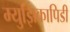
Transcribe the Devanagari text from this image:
म्युझिकापिडी